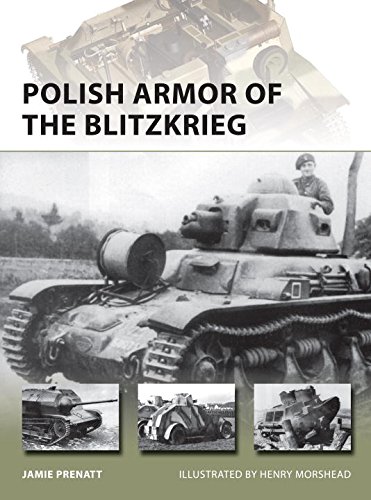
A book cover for Polish Armor of the Blitzkrieg (New Vanguard); Jamie Prenatt; History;